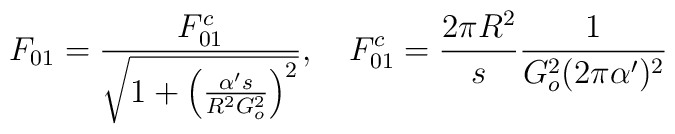
F_{01} =\frac{F_{01}^c}{\sqrt{1+\left( \frac{\alpha^\prime s}{R^2 G_o^2}\right)^2}}, \quad F_{01}^c = \frac{2\pi R^2}{s} \frac{1}{G_o^2 (2\pi \alpha^\prime)^2}